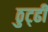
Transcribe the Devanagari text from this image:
ठुट्ढी